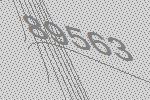
89563